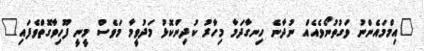
"އިމްމައެންނު ވަގުތުނޯވެއެއް ނުދާނެ ހިނގާދަމާ މިހާރު ކުދިންކޮޅު މަދުވީމާ މަވެސް މީނީ ފޫހިވާގޮތްވެފައި"